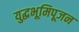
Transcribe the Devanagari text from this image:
युद्धभूमिपूजन